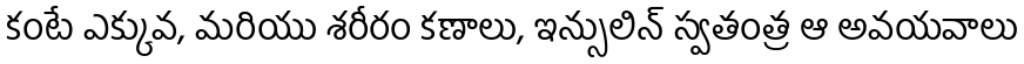
కంటే ఎక్కువ, మరియు శరీరం కణాలు, ఇన్సులిన్ స్వతంత్ర ఆ అవయవాలు